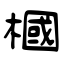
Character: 槶